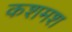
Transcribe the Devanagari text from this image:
कशमश